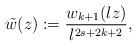
LaTeX: \begin{align*}\tilde{w}(z) := \frac{w_{k+1}(\l z)}{\l^{2s+2k+2}},\end{align*}